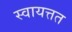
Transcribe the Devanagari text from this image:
स्वायत्तत